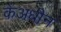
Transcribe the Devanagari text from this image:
केअधीन